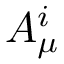
A _ { \mu } ^ { i }